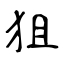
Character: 狙